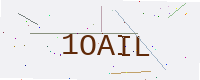
Text: 1OAIL